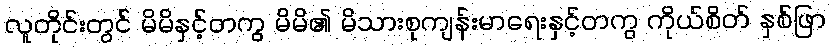
လူတိုင်းတွင် မိမိနှင့်တကွ မိမိ၏ မိသားစုကျန်းမာရေးနှင့်တကွ ကိုယ်စိတ် နှစ်ဖြာ